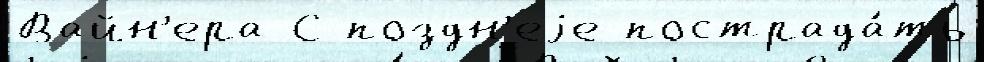
Вайн'ера С поздн'еjе пострада́ть